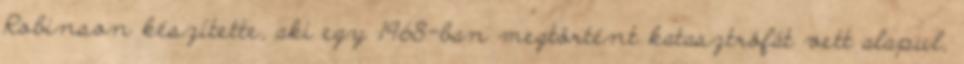
Robinson készítette, aki egy 1968-ban megtörtént katasztrófát vett alapul,